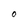
Character: O